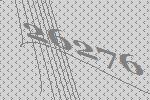
26276